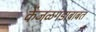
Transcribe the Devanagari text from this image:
केंजळगडाबाबत